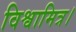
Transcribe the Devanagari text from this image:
विश्वामित्र।